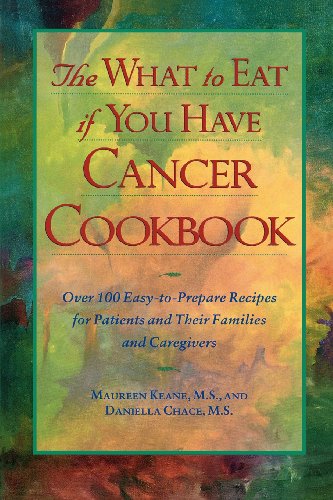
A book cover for The What to Eat if You Have Cancer Cookbook; Daniella Chace; Cookbooks, Food & Wine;